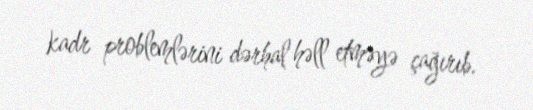
kadr problemlərini dərhal həll etməyə çağırıb.